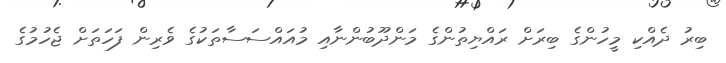
ބިރު ދެއްކި މީހުންގެ ބިރަށް ރައްޔިތުންގެ މަންދޫބުންނާއި މުއައްސަސާތަކުގެ ވެރިން ފަހަތަށް ޖެހުމުގެ